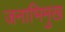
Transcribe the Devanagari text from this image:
जनाभिमुख